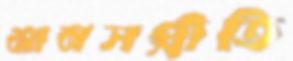
মানসপ্রীতি